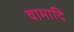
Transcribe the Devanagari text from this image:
वामादि